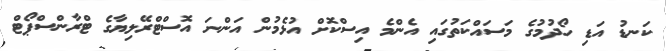
ކަނޑު އަޑި ހޯދުމުގެ މަސައްކަތުގައި އެންމެ އިސްކޮށް އުޅެމުން އަންނަ އޮސްޓްރޭލިޔާގެ ޓްރާންސްޕޯޓް